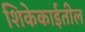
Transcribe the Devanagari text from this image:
शिकेकाईतील